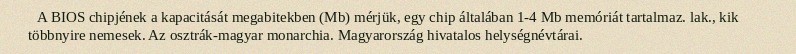
A BIOS chipjének a kapacitását megabitekben (Mb) mérjük, egy chip általában 1-4 Mb memóriát tartalmaz. lak., kik többnyire nemesek. Az osztrák-magyar monarchia. Magyarország hivatalos helységnévtárai.